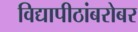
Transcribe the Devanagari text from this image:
विद्यापीठांबरोबर